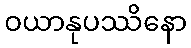
ဝယာနုပဿိနော